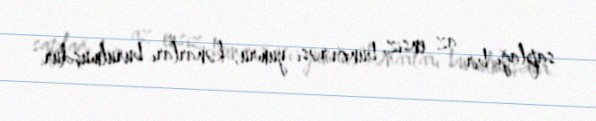
saplağı bir az ensiz, bünövrəsi yumru, kənarları burulmuşdur.